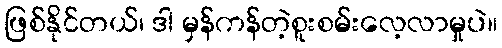
ဖြစ်နိုင်တယ်၊ ဒါ မှန်ကန်တဲ့စူးစမ်းလေ့လာမှုပဲ။